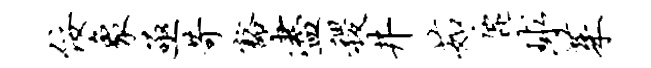
佞象亟苛豁尽稷井茹鹿球茱